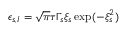
\epsilon _ { s , I } = \sqrt { \pi } \tau \Gamma _ { s } \xi _ { s } \exp ( - \xi _ { s } ^ { 2 } )